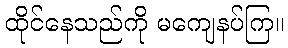
ထိုင်နေသည်ကို မကျေနပ်ကြ။